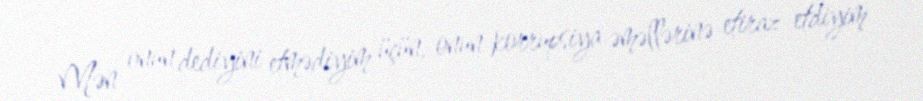
Mən onun dediyini etmədiyim üçün, onun korrupsiya əməllərinə etiraz etdiyim